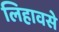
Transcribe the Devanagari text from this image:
लिहावसे